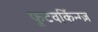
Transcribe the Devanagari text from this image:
फुटवर्किन्ग्ज़